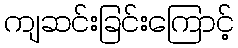
ကျဆင်းခြင်းကြောင့်